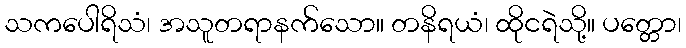
သကပေါရိသံ၊ အသူတရာနက်သော။ တနိရယံ၊ ထိုငရဲသို့။ ပတ္တော၊